Document type: Oath
Year: 1447
Scribe: Pere Figuerola
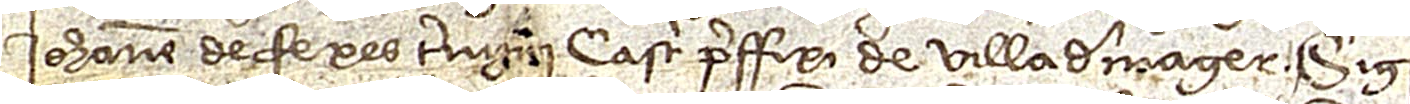
Iohanne de Fexes, termini castri preffixi de Villademager. Sig